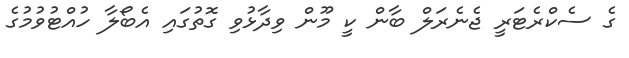
ގެ ސެކްރެޓަރީ ޖެނެރަލް ބާން ކީ މޫން ވިދާޅުވި ގޮތުގައި އެބޯލާ ހުއްޓުވުމުގެ